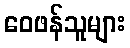
ဝေဖန်သူများ